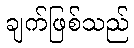
ချက်ဖြစ်သည်